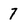
Character: 7